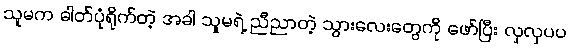
သူမက ဓါတ်ပုံရိုက်တဲ့ အခါ သူမရဲ့ ညီညာတဲ့ သွားလေးတွေကို ဖော်ပြီး လှလှပပ